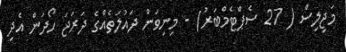
މަޖިލިސް ( 27 ސެޕްޓެމްބަރު) - މިނިވަން ދައުލަތެއްގެ ދަރަޖަ ހޯދަން އެދި